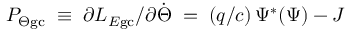
P _ { \Theta \mathrm { g c } } \; \equiv \; \partial L _ { E \mathrm { g c } } / \partial \dot { \Theta } \; = \; ( q / c ) \, \Psi ^ { * } ( \Psi ) - J